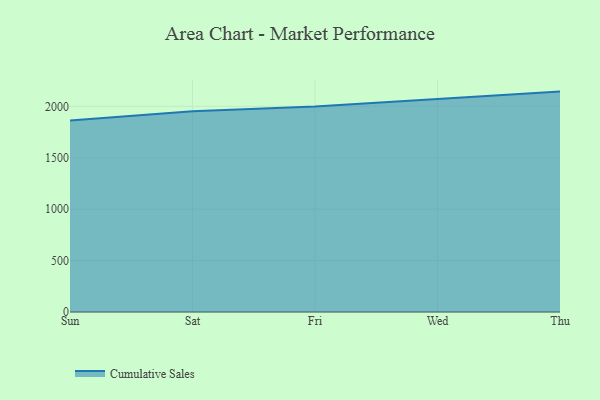
{"axis": {"x": "Day", "y": "Conversion Rate (%)"}, "legend": ["Cumulative Sales"], "data": [{"x": "Sun", "y": 1863.3, "type": "Cumulative Sales"}, {"x": "Sat", "y": 1952.4, "type": "Cumulative Sales"}, {"x": "Fri", "y": 1998.1, "type": "Cumulative Sales"}, {"x": "Wed", "y": 2068.0, "type": "Cumulative Sales"}, {"x": "Thu", "y": 2143.4, "type": "Cumulative Sales"}]}